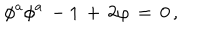
\phi ^ { a } \phi ^ { a } \, - 1 \, + \, 2 \varphi \, = \, 0 \, ,